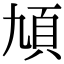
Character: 頄